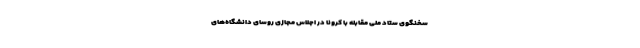
سخنگوی ستاد ملی مقابله با کرونا در اجلاس مجازی روسای دانشگاه‌های